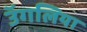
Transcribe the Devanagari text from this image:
उॅगलियाॅ